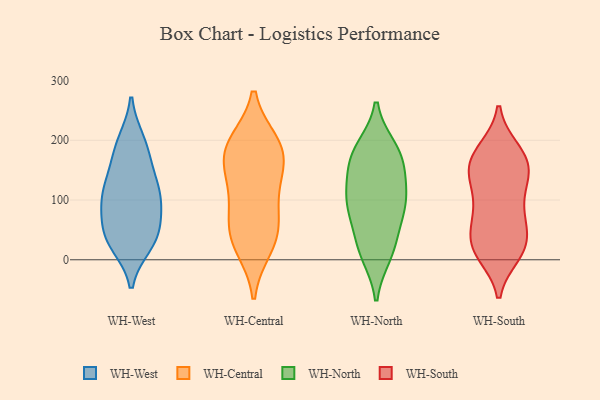
{"axis": {"x": "Website Visitors", "y": "Value"}, "legend": ["WH-Central", "WH-North", "WH-South", "WH-West"], "data": [{"x": "", "y": 115, "type": "WH-West"}, {"x": "", "y": 112, "type": "WH-West"}, {"x": "", "y": 47, "type": "WH-West"}, {"x": "", "y": 95, "type": "WH-West"}, {"x": "", "y": 153, "type": "WH-West"}, {"x": "", "y": 98, "type": "WH-West"}, {"x": "", "y": 26, "type": "WH-West"}, {"x": "", "y": 76, "type": "WH-West"}, {"x": "", "y": 26, "type": "WH-West"}, {"x": "", "y": 199, "type": "WH-West"}, {"x": "", "y": 196, "type": "WH-West"}, {"x": "", "y": 43, "type": "WH-West"}, {"x": "", "y": 170, "type": "WH-West"}, {"x": "", "y": 121, "type": "WH-West"}, {"x": "", "y": 40, "type": "WH-West"}, {"x": "", "y": 47, "type": "WH-Central"}, {"x": "", "y": 176, "type": "WH-Central"}, {"x": "", "y": 128, "type": "WH-Central"}, {"x": "", "y": 187, "type": "WH-Central"}, {"x": "", "y": 194, "type": "WH-Central"}, {"x": "", "y": 188, "type": "WH-Central"}, {"x": "", "y": 150, "type": "WH-Central"}, {"x": "", "y": 34, "type": "WH-Central"}, {"x": "", "y": 98, "type": "WH-Central"}, {"x": "", "y": 65, "type": "WH-Central"}, {"x": "", "y": 22, "type": "WH-Central"}, {"x": "", "y": 27, "type": "WH-North"}, {"x": "", "y": 180, "type": "WH-North"}, {"x": "", "y": 103, "type": "WH-North"}, {"x": "", "y": 185, "type": "WH-North"}, {"x": "", "y": 85, "type": "WH-North"}, {"x": "", "y": 75, "type": "WH-North"}, {"x": "", "y": 99, "type": "WH-North"}, {"x": "", "y": 159, "type": "WH-North"}, {"x": "", "y": 105, "type": "WH-North"}, {"x": "", "y": 175, "type": "WH-North"}, {"x": "", "y": 10, "type": "WH-North"}, {"x": "", "y": 144, "type": "WH-North"}, {"x": "", "y": 18, "type": "WH-North"}, {"x": "", "y": 105, "type": "WH-South"}, {"x": "", "y": 13, "type": "WH-South"}, {"x": "", "y": 81, "type": "WH-South"}, {"x": "", "y": 28, "type": "WH-South"}, {"x": "", "y": 146, "type": "WH-South"}, {"x": "", "y": 24, "type": "WH-South"}, {"x": "", "y": 154, "type": "WH-South"}, {"x": "", "y": 10, "type": "WH-South"}, {"x": "", "y": 59, "type": "WH-South"}, {"x": "", "y": 180, "type": "WH-South"}, {"x": "", "y": 25, "type": "WH-South"}, {"x": "", "y": 143, "type": "WH-South"}, {"x": "", "y": 137, "type": "WH-South"}, {"x": "", "y": 177, "type": "WH-South"}, {"x": "", "y": 69, "type": "WH-South"}, {"x": "", "y": 133, "type": "WH-South"}, {"x": "", "y": 72, "type": "WH-South"}, {"x": "", "y": 16, "type": "WH-South"}, {"x": "", "y": 183, "type": "WH-South"}, {"x": "", "y": 170, "type": "WH-South"}]}